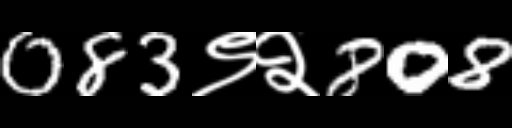
Text: 083९२808